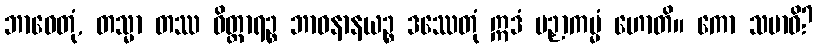
ဘာဝေတုံ, တသ္မာ တဿ ဝိတ္ထာရဉ္စ ဘာဝနာနယဉ္စ ဒဿေတုံ ဣဒံ ပဉှာကမ္မံ ဟောတိ။ ကော သမာဓိ?